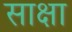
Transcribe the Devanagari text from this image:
साक्षा